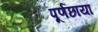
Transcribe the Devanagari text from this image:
पूर्णछाया